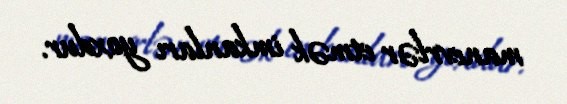
manevrlər etmək imkanları yoxdur.